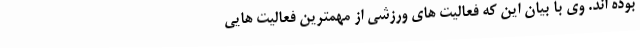
بوده اند. وی با بیان این که فعالیت های ورزشی از مهمترین فعالیت هایی